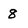
Character: 8